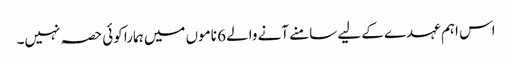
اس اہم عہدے کے لیے سامنے آنے والے 6 ناموں میں ہمارا کوئی حصہ نہیں۔